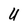
Character: U